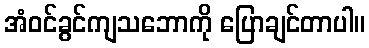
အံဝင်ခွင်ကျသဘောကို ပြောချင်တာပါ။